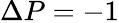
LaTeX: \Delta P=-1